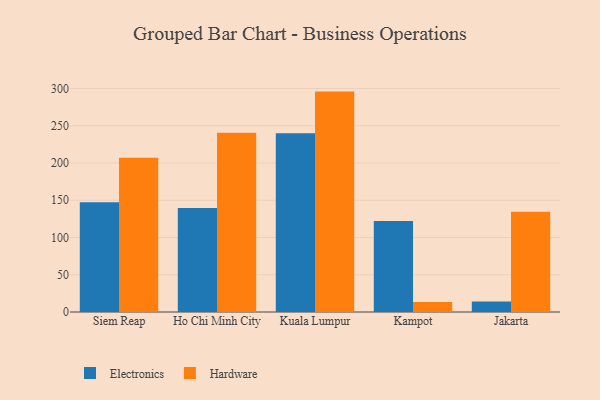
{"axis": {"x": "City", "y": "Tickets Resolved"}, "legend": ["Electronics", "Hardware"], "data": [{"x": "Siem Reap", "y": 147.2, "type": "Electronics"}, {"x": "Siem Reap", "y": 207.0, "type": "Hardware"}, {"x": "Ho Chi Minh City", "y": 139.7, "type": "Electronics"}, {"x": "Ho Chi Minh City", "y": 240.6, "type": "Hardware"}, {"x": "Kuala Lumpur", "y": 240.0, "type": "Electronics"}, {"x": "Kuala Lumpur", "y": 295.8, "type": "Hardware"}, {"x": "Kampot", "y": 122.2, "type": "Electronics"}, {"x": "Kampot", "y": 13.5, "type": "Hardware"}, {"x": "Jakarta", "y": 14.1, "type": "Electronics"}, {"x": "Jakarta", "y": 134.5, "type": "Hardware"}]}